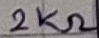
Text: 2KΩ